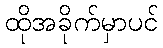
ထိုအခိုက်မှာပင်